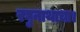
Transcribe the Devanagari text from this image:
रघुनाथाचा।